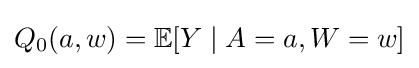
Q_{0}(a,w)=\mathbb {E} [Y\mid A=a,W=w]